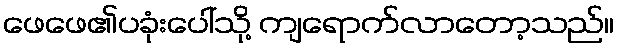
ဖေဖေ၏ပခုံးပေါ်သို့ ကျရောက်လာတော့သည်။